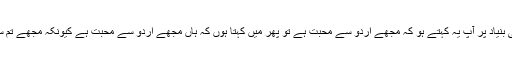
اگر اس سب کی بنیاد پر آپ یہ کہتے ہو کہ مجھے اردو سے محبت ہے تو پھر میں کہتا ہوں کہ ہاں مجھے اردو سے محبت ہے کیونکہ مجھے تم سے محبت ہے۔